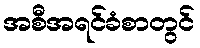
အစီအရင်ခံစာတွင်